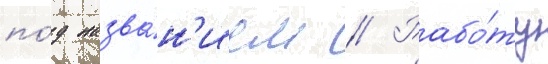
по́д назва́н'ием // Рабо́ту